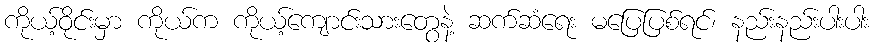
ကိုယ့်ဝိုင်းမှာ ကိုယ်က ကိုယ့်ကျောင်းသားတွေနဲ့ ဆက်ဆံရေး မပြေပြစ်ရင်၊ နည်းနည်းပါးပါး